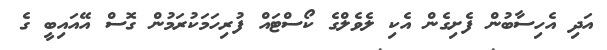
އަދި އެހިސާބުން ފެށިގެން އެކި ލެވެލްގެ ކޯސްޓައް ފުރިހަމަކުރަމުން ގޮސް އޭއައިބީ ގެ